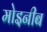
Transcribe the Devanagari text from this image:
मोइनीब